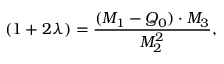
( 1 + 2 \lambda ) = \frac { ( M _ { 1 } - Q _ { 0 } ) \cdot M _ { 3 } } { M _ { 2 } ^ { 2 } } ,